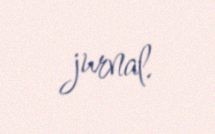
jurnal.